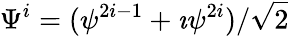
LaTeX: \Psi^{i}=(\psi^{2i-1}+\imath\psi^{2i})/\sqrt 2